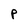
Character: P